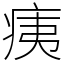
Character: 痍